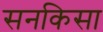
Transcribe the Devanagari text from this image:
सनकिसा